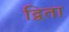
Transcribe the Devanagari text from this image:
द्विता